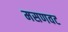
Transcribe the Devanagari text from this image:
मसणवट